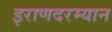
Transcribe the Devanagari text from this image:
इराणदरम्यान